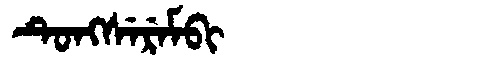
Manchu: ᡨᡠᠩᠰᡝᡵᡝᠮᠪᡳ
Romanization: TUNGSEREMBI